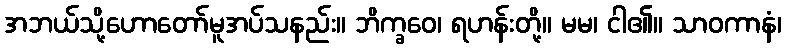
အဘယ်သို့ဟောတော်မူအပ်သနည်း။ ဘိက္ခဝေ၊ ရဟန်းတို့။ မမ၊ ငါ၏။ သာဝကာနံ၊